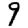
Digit: 9